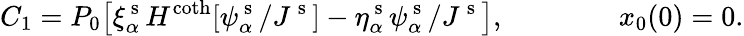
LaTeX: C_{1}=P_{0}\big[\xi_{\alpha}^{\mathrm{~s~}}H^{\coth}[\psi_{\alpha}^{\mathrm{~s~}}/J^{\mathrm{~s~}}]-\eta_{\alpha}^{\mathrm{~s~}}\psi_{\alpha}^{\mathrm{~s~}}/J^{\mathrm{~s~}}\big],\qquad\qquad x_{0}(0)=0.